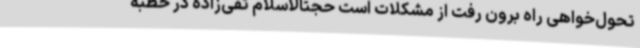
تحول‌خواهی راه برون رفت از مشکلات است حجتالاسلام تقی‌زاده در خطبه